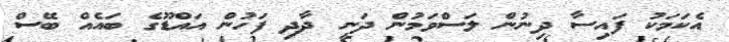
އެކަމަކު ފައިސާ ދިނުން ލަސްވަމުން ދަނީ ދާދި ފަހުން އައްޑޫގެ ބައެއް ބޭސް